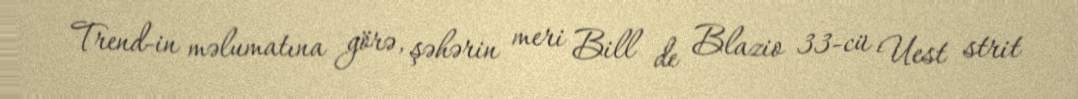
Trend-in məlumatına görə, şəhərin meri Bill de Blazio 33-cü Uest strit